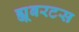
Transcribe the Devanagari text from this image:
ह्यूबरटस